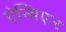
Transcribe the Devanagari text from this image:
ऐन्सिएन्ट